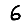
Digit: 6